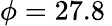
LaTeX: \phi=27.8\